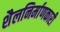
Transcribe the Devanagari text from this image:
शैलनिर्माणकारी